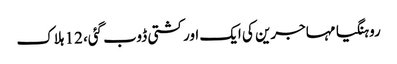
روہنگیا مہاجرین کی ایک اور کشتی ڈوب گئی، 12 ہلاک